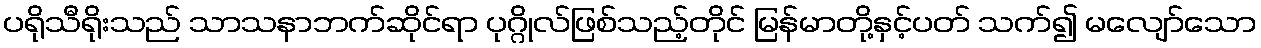
ပရိုသီရိုးသည် သာသနာဘက်ဆိုင်ရာ ပုဂ္ဂိုလ်ဖြစ်သည့်တိုင် မြန်မာတို့နှင့်ပတ် သက်၍ မလျော်သော